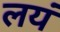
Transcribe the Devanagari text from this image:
लयं